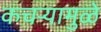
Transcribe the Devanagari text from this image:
कचर्‍यामुळे